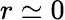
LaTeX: r\simeq 0